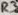
Text: R3